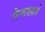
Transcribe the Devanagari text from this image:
विन्यासवाले